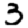
Digit: 3